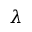
\lambda